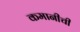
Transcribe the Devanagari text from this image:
कमानीची